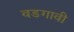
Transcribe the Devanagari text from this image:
वडगावी